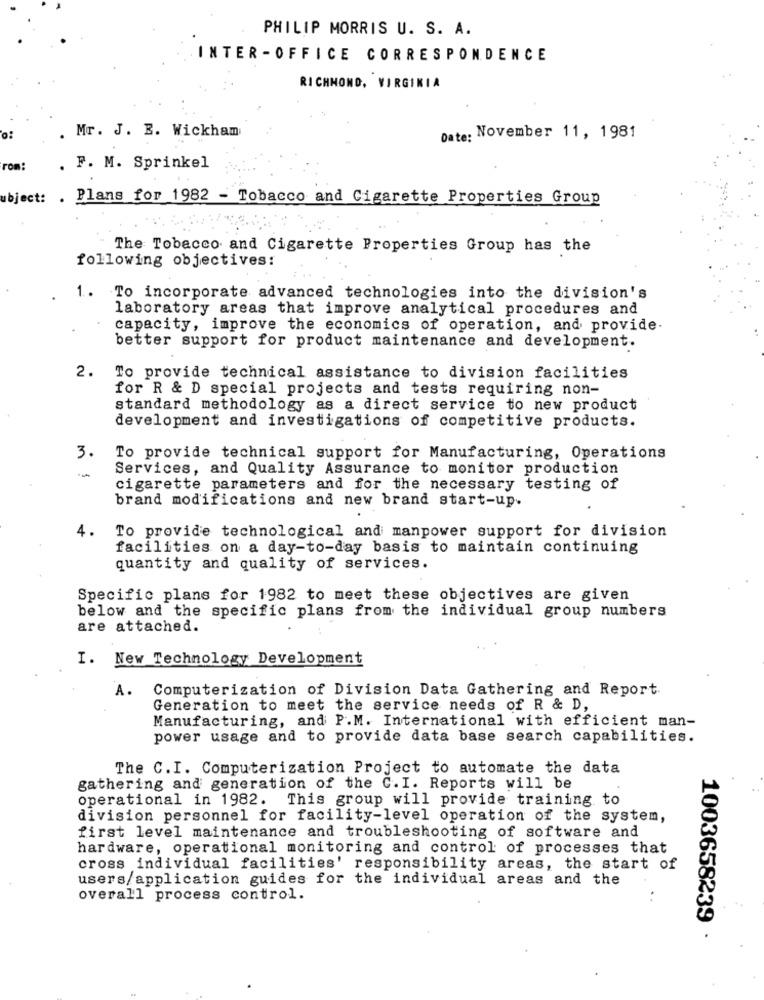
PHILIP MORRIS U. S. A.
INTER -OFFICE CORRESPONDENCE
RICHMOND, VIRGINIA
. Mr. J. B. Wickham
Date: November 11, 1981
rom:
. F. M. Sprinkel
bject: . Plans for 1982 - Tobacco and Cigarette Properties Group
The Tobacco and Cigarette Properties Group has the
following objectives:
1. To incorporate advanced technologies into the division's
laboratory areas that improve analytical procedures and
capacity, improve the economics of operation, and provide.
better support for product maintenance and development.
2.
To provide technical assistance to division facilities
for R & D special projects and tests requiring non-
standard methodology as a direct service to new product
development and investigations of competitive products.
3.
To provide technical support for Manufacturing, Operations
Services, and Quality Assurance to monitor production
cigarette parameters and for the necessary testing of
brand modifications and new brand start-up.
4.
To provide technological and manpower support for division
facilities on a day-to-day basis to maintain continuing
quantity and quality of services.
Specific plans for 1982 to meet these objectives are given
below and the specific plans from the individual group numbers
are attached.
I.
New Technology Development
A.
Computerization of Division Data Gathering and Report.
Generation to meet the service needs of R & D,
Manufacturing, and P.M. International with efficient man-
power usage and to provide data base search capabilities.
The C.I. Computerization Project to automate the data
gathering and generation of the C. I. Reports will be
operational in 1982. This group will provide training to
division personnel for facility-level operation of the system,
first level maintenance and troubleshooting of software and
hardware, operational monitoring and control of processes that
cross individual facilities' responsibility areas, the start of
users/application guides for the individual areas and the
overall process control.
1003658239 ·